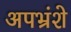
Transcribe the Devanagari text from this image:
अपभ्रंशे